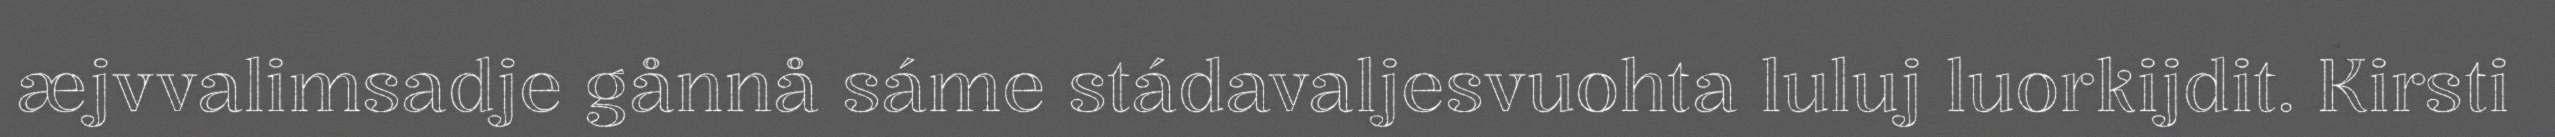
æjvvalimsadje gånnå sáme stádavaljesvuohta luluj luorkijdit. Kirsti